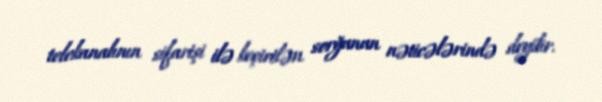
telekanalının sifarişi ilə keçirilən sorğunun nəticələrində deyilir.